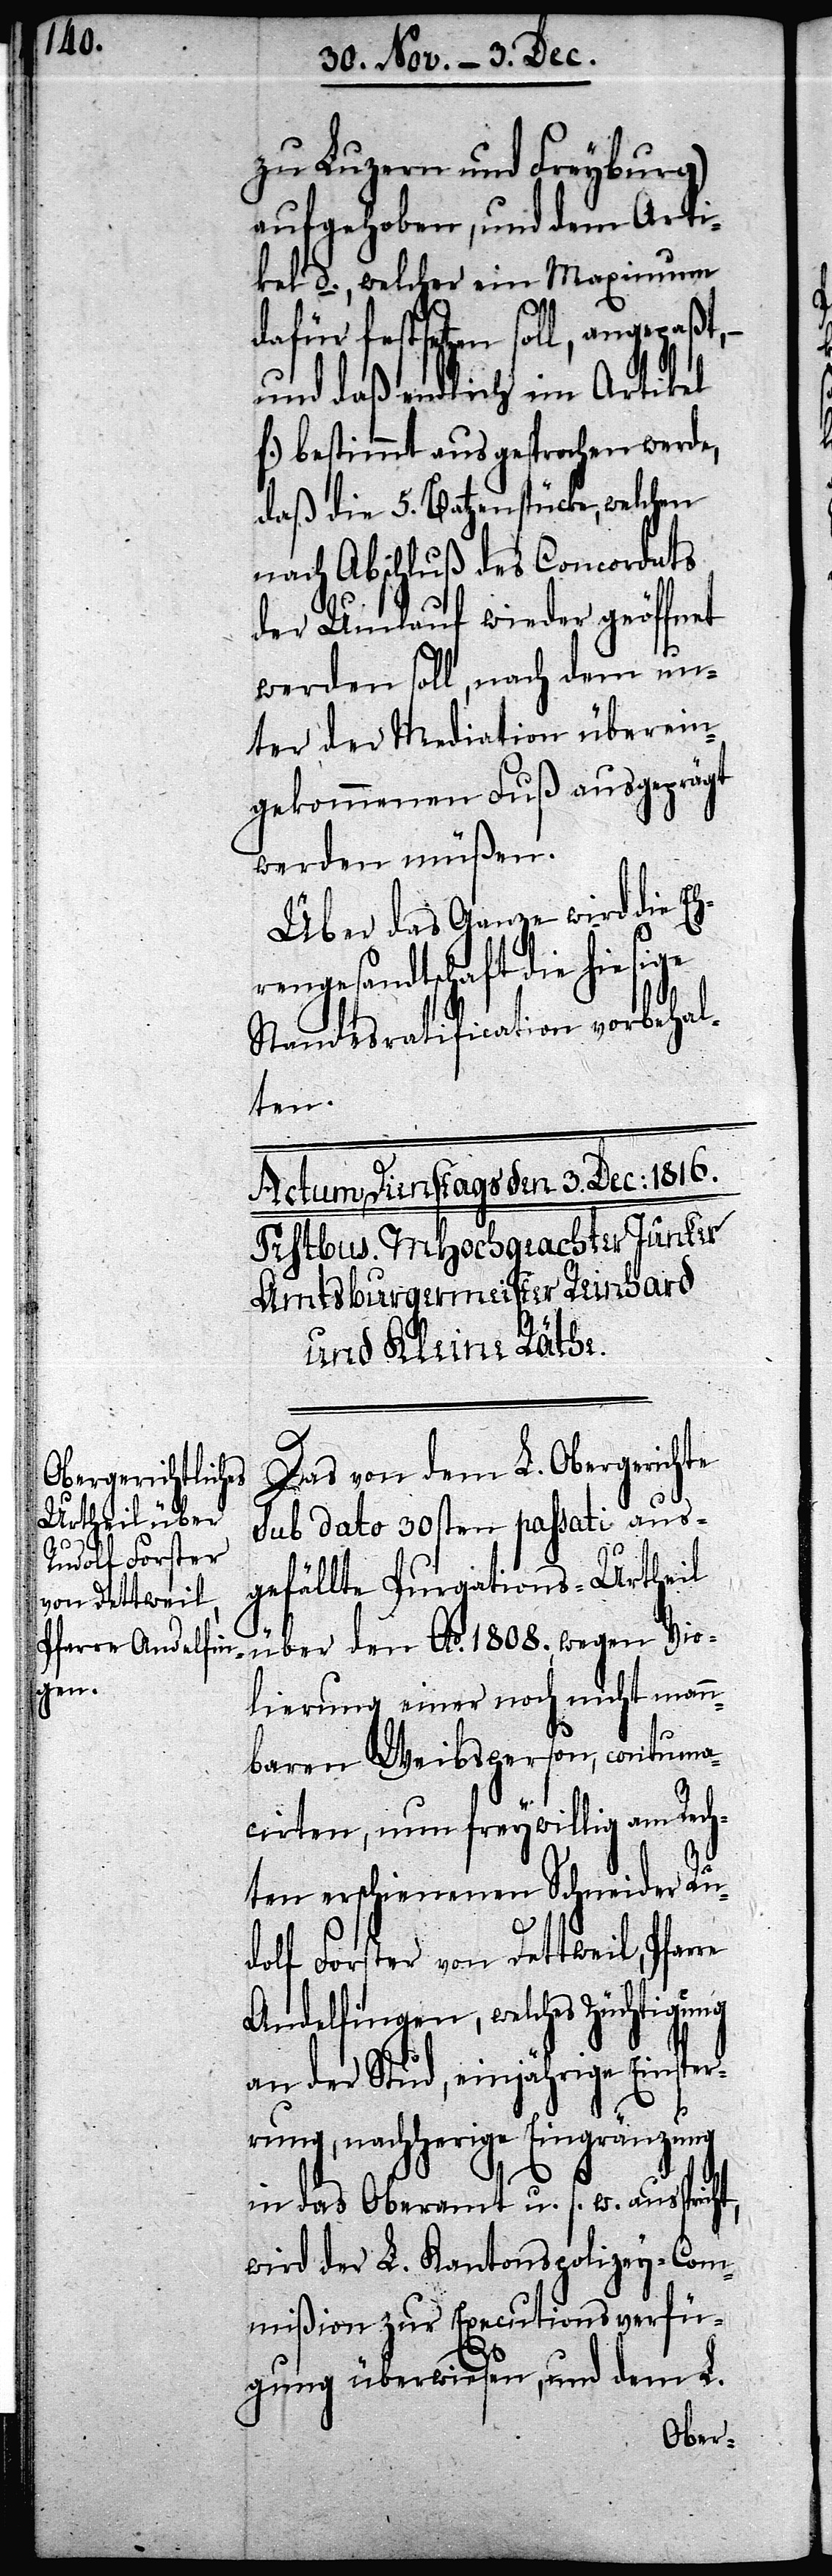
dolf Forster
von Dettweil,

zu Luzern und Freyburg)
aufgehoben, und dem Arti¬
kel d., welcher ein Maximum
dafür festsetzen soll, angepaßt,
und daß endlich im Artikel
f.) bestimmt ausgesprochen werde,
daß die 5. Batzenstücke, welchen
nach Abschluß des Concordats
der Umlauf wieder geöffnet
werden soll, nach dem un¬
ter der Mediation überein¬
gekommenen Fuß ausgeprägt
werden müßen.
Über das Ganze wird die Eh¬
rengesandtschaft die hiesige
Standesratification vorbehal¬
ten.
Das von dem L. Obergerichte
sub dato 30sten passati aus¬
gefällte Purgations-Urtheil
über den Ao. 1808. wegen Vio¬
lierung einer noch nicht mann¬
baren Weibsperson, contuma¬
cirten, nun freywillig am Rech¬
ten erschienenen Schneider Ru¬
Andelfingen, welches Züchtigung
an der Stud, einjährige Einsper¬
rung, nachherige Eingränzung
in das Oberamt u. s. w. ausspricht,
wird der L. Kantonspolizey-Com¬
mißion zur Executionsverfü¬
gung überwiesen, und dem L.